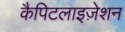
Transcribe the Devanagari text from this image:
कैपिटलाइज़ेशन